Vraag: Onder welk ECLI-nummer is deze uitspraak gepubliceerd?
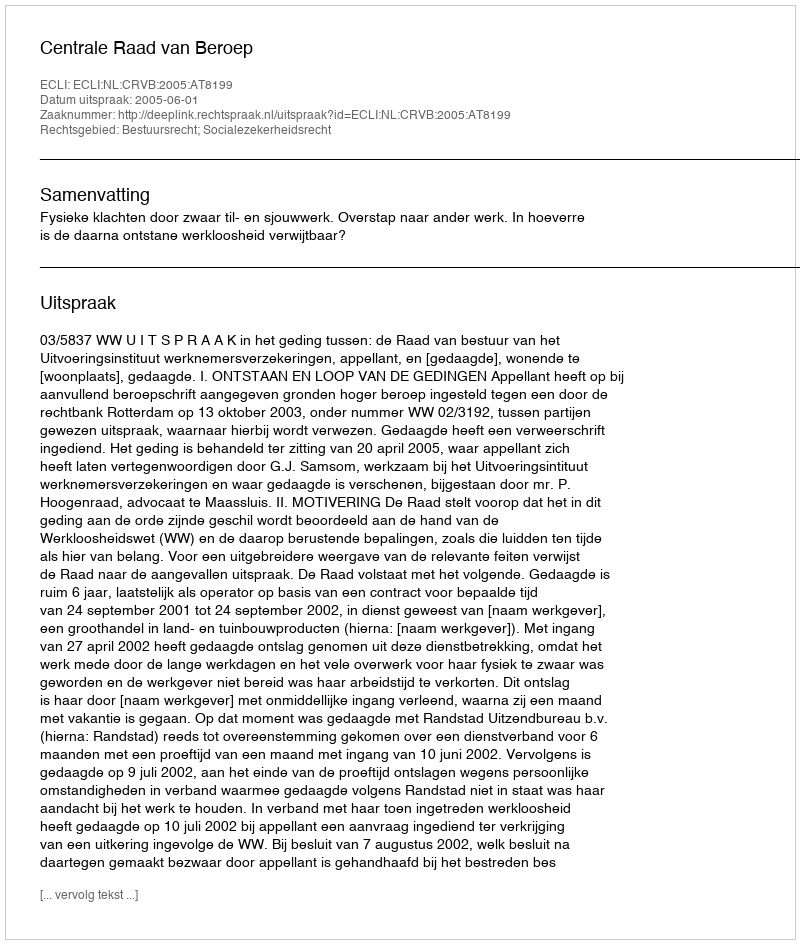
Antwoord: ECLI:NL:CRVB:2005:AT8199